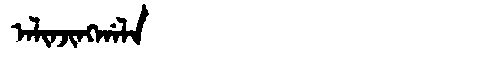
Manchu: ᠠᠯᡳᠨᠵᡳᠩᡤᠠᠯᠠ
Romanization: ALINJINGGALA